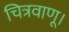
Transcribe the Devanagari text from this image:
चित्रवाणू।